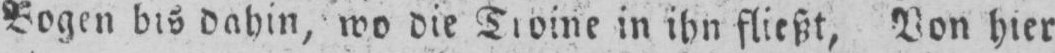
in ihn fließt, Von hier